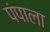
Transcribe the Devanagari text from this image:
पंपाला